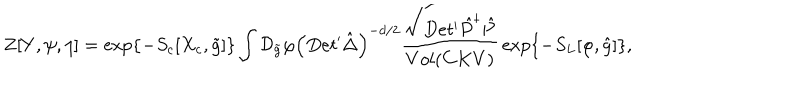
Z [ Y , \psi , \eta ] = \exp \left\{ - { S _ { c } } [ { X _ { c } } , \tilde { g } ] \right\} \int { \mathcal { D } _ { \tilde { g } } } \varphi { { \left( D e t ^ { \prime } \hat { \Delta } \right) } ^ { - d / 2 } } { \frac { \sqrt { D e t ^ { \prime } { \hat { P } ^ { \dagger } } \hat { P } } } { V o l ( C K V ) } } \exp \left\{ - { S _ { L } } [ \varphi , \hat { g } ] \right\} ,